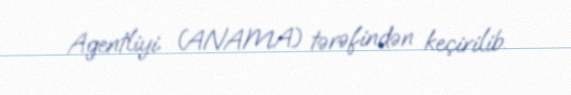
Agentliyi (ANAMA) tərəfindən keçirilib.